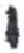
אות: י